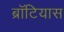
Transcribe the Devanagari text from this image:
ब्रॉटियास